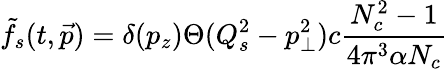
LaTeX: \tilde{f}_{s}(t,\vec{p})=\delta(p_{z})\Theta(Q_{s}^{2}-p_{\perp}^{2})c{\frac{N_{c}^{2}-1}{4\pi^{3}\alpha N_{c}}}